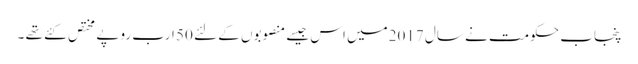
پنجاب حکومت نے سال 2017میں اس جیسے منصوبوں کے لئے 50 ارب روپے مختص کئے تھے ۔